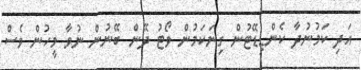
އަދި ކަމުނުދާ ކެންޑިޑޭޓުން ގިނަކަމުން ވޯޓު ދޭން ބޭނުން ނުވާ މީހުން ވެސް